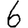
Digit: 6